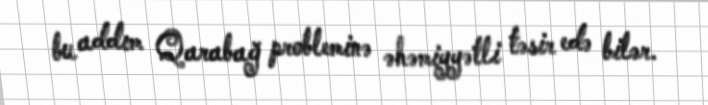
bu addım Qarabağ probleminə əhəmiyyətli təsir edə bilər.